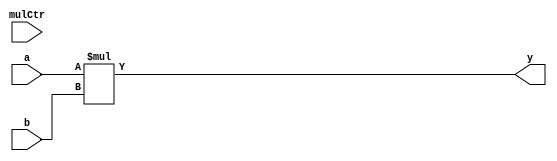
`timescale 1ns / 1ps
module MULU(mulCtr, a, b, y);
	input 		        mulCtr;
	input 		[31: 0] a;
	input 		[31: 0] b;
	output reg 	[63: 0] y;


	wire [63: 0] aExt = { 32'b0, a};
	wire [63: 0] bExt = { 32'b0, b};
	
	always @(mulCtr || a || b) begin
		y <= aExt * bExt;
	end
endmodule